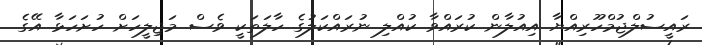
ރައީސުލްޖުމްހޫރިއްޔާ އިއުލާން ކުރައްވާ ކުއްލި ނުރައްކަލުގެ ހާލަތަކީ ވެސް މަޖިލީހަށް ހުށަހަޅާ އޭގެ